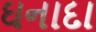
ઘનાદા